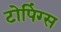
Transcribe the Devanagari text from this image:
टोपिंग्स